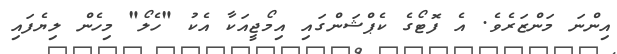
އިންނަ މަންޒަރެވެ. އެ ފޮޓޯގެ ކެޕްޝަންގައި އިމޯޖީއަކާ އެކު "ހެލޯ" މިހެން ލިޔެފައި